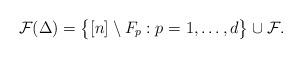
LaTeX: \begin{align*}\mathcal{F}(\Delta)=\big\{[n]\setminus F_{p}:p=1,\dots,d\big\}\cup\mathcal{F}.\end{align*}